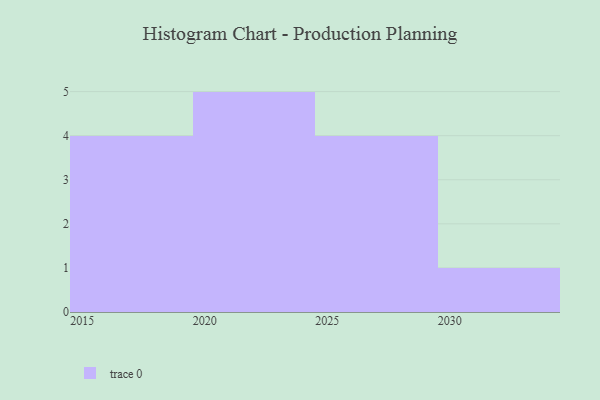
{"axis": {"x": "Year", "y": "Inventory Turnover"}, "legend": [""], "data": [{"x": "2029", "y": 48, "type": ""}, {"x": "2024", "y": 99, "type": ""}, {"x": "2030", "y": 74, "type": ""}, {"x": "2020", "y": 73, "type": ""}, {"x": "2025", "y": 35, "type": ""}, {"x": "2023", "y": 58, "type": ""}, {"x": "2019", "y": 81, "type": ""}, {"x": "2017", "y": 18, "type": ""}, {"x": "2018", "y": 95, "type": ""}, {"x": "2027", "y": 81, "type": ""}, {"x": "2021", "y": 55, "type": ""}, {"x": "2015", "y": 61, "type": ""}, {"x": "2026", "y": 16, "type": ""}, {"x": "2022", "y": 98, "type": ""}]}